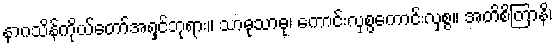
နာဂသိန်ကိုယ်တော်အရှင်ဘုရား။ သာဓုသာဓု၊ ကောင်းလှစွကောင်းလှစွ။ အတိစိတြာနိ၊